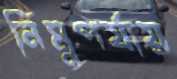
নিম্নপর্যায়